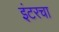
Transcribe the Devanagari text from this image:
इंटरचा